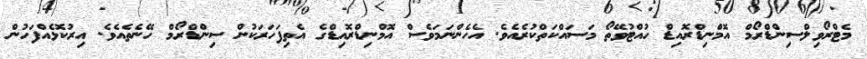
މެޓްރޯވިލްސިންޑްރޯމް އޮމްނިޑްރޮއިޑް ހުއްޓުވޭތޯ މަސައްކަތްކުރެއެވެ. އެހެންނަމަވެސް އޮމްނިޑްރޮއިޑްގެ އެތިފަހަރަކުން ސިންޑްރޯމް ހޭނެތެއެވެ. އިރުކޮޅެއްފަހުން